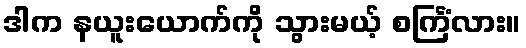
ဒါက နယူးယောက်ကို သွားမယ့် စင်္ကြံလား။